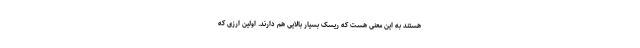
هستند به این معنی هست که ریسک بسیار بالایی هم دارند. اولین ارزی که